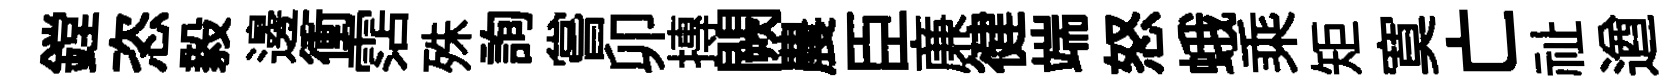
鏜恣毅邊衝霑殊詢嘗卯摶闕農臣亷徤端怒蛾乘矩寞亡祉遒